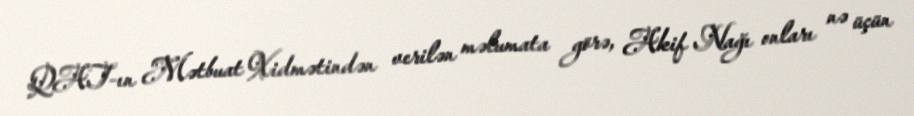
QAT-ın Mətbuat Xidmətindən verilən məlumata görə, Akif Nağı onları nə üçün